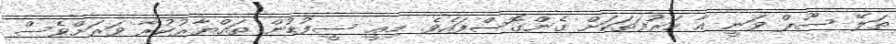
ތަލޭ ސޫޕް ވަނީ އާ ހަރުފަތަކަށް ގެންގޮސްފައެވެ. މިއީ ސީފުޑުން ތައްޔާރުކުރާ ވަރަށްވެސް